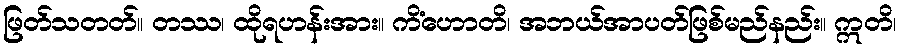
ဖြတ်သတတ်။ တဿ၊ ထိုရဟန်းအား။ ကိံဟောတိ၊ အဘယ်အာပတ်ဖြစ်မည်နည်း။ ဣတိ၊